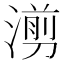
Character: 𪷇